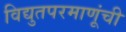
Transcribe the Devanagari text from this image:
विद्युतपरमाणूंची